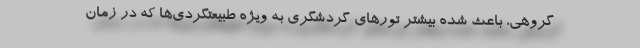
گروهی، باعث شده بیشتر تورهای گردشگری به ویژه طبیعتگردی‌ها که در زمان